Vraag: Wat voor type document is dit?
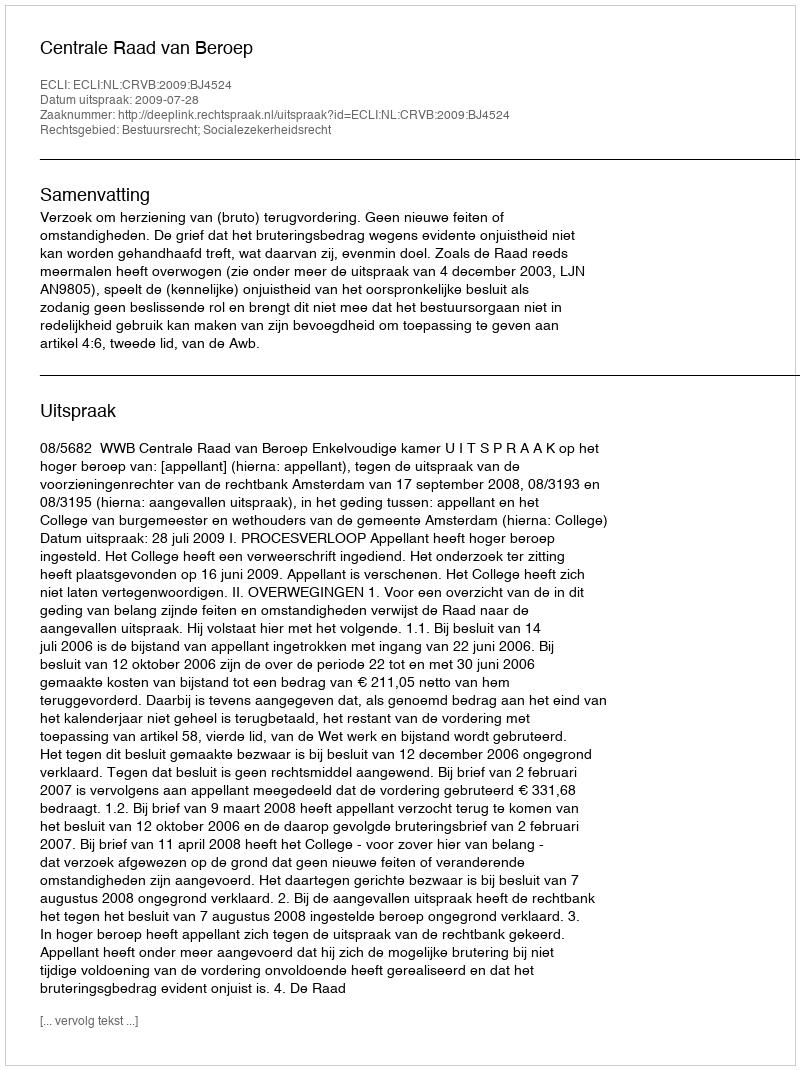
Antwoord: Uitspraak